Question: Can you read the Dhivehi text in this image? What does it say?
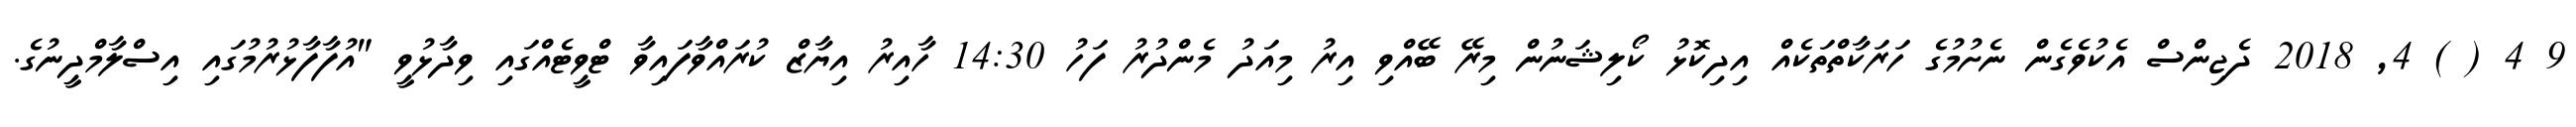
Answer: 9 4 ( ) 4, 2018 ދެޖިންސް އެކުވެގެން ނެށުމުގެ ހަރަކާތްތަކެއް އިދިކޮޅު ކޯލިޝަނުން މިރޭ ބޭއްވި އިރު މިއަދު މެންދުރު ފަހު 14:30 ހާއިރު އިޔާޒް ކުރައްވާފައިވާ ޓްވީޓެއްގައި ވިދާޅުވީ "އުފާފާޅުރުމުގައި އިސްލާމްދީނުގެ.